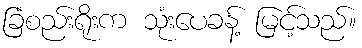
ခြံစည်းရိုးက သုံးပေခန့် မြင့်သည်။